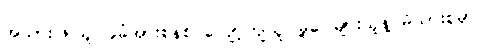
အသားဖြူသူ၊ ခုခံအားစနစ် လျော့ကျသူ၊ မှဲ့ပေါများသူနဲ့ မိသားစုမှာ